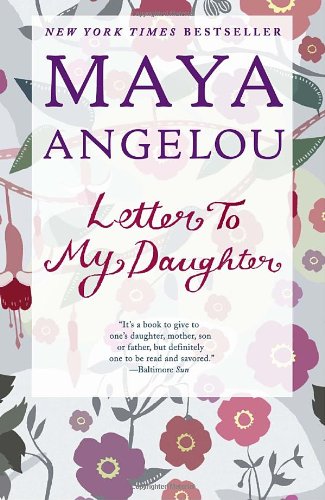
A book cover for Letter to My Daughter; Maya Angelou; Literature & Fiction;